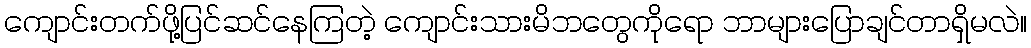
ကျောင်းတက်ဖို့ပြင်ဆင်နေကြတဲ့ ကျောင်းသားမိဘတွေကိုရော ဘာများပြောချင်တာရှိမလဲ။